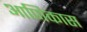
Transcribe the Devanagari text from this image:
आणिकास